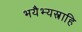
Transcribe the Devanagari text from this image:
भयैभ्यस्त्राहि